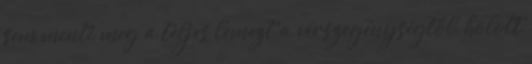
sem menti meg a teljes lemezt a vérszegénységtől, holott